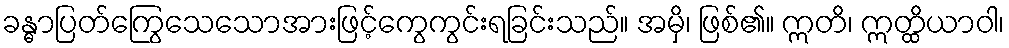
ခန္ဓာပြတ်ကြွေသေသောအားဖြင့်ကွေကွင်းရခြင်းသည်။ အမှိ၊ ဖြစ်၏။ ဣတိ၊ ဣတ္ထိယာဝါ၊